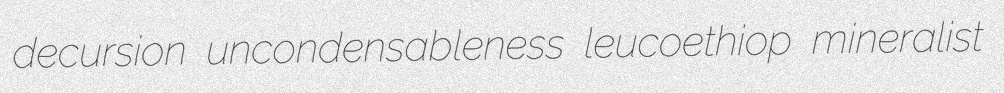
decursion uncondensableness leucoethiop mineralist